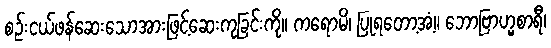
စဉ်းငယ်ဖန်ဆေးသောအားဖြင့်ဆေးကုခြင်းကို။ ကရောမိ၊ ပြုရတော့အံ့။ ဘောဗြာဟ္မစာရီ၊